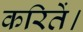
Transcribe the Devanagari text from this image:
करितें।